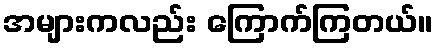
အများကလည်း ကြောက်ကြတယ်။